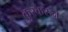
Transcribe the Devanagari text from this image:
कुस्करुन